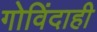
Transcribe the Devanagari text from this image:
गोविंदाही